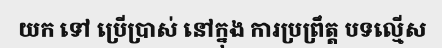
យក ទៅ ប្រើប្រាស់ នៅក្នុង ការប្រព្រឹត្ត បទល្មើស